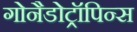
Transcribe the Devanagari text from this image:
गोनैडोट्रॉपिन्स